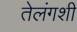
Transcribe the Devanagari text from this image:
तेलंगशी